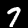
Label: 7